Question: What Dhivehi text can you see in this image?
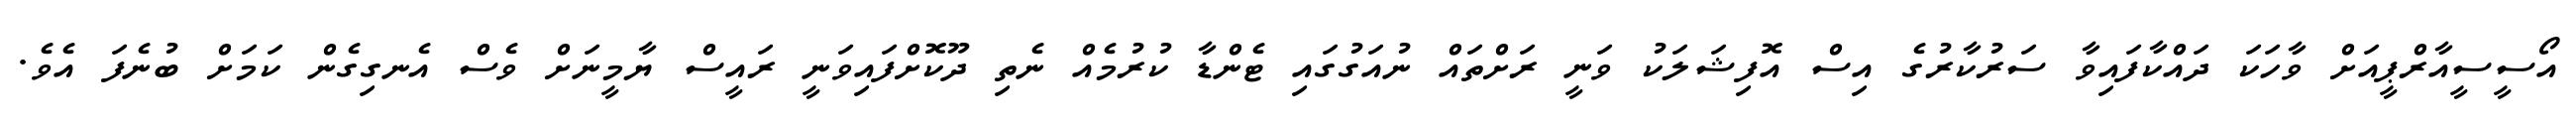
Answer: އޯސީސީއާރްޕީއަށް ވާހަކަ ދައްކާފައިވާ ސަރުކާރުގެ އިސް އޮފިޝަލަކު ވަނީ ރަށްތައް ނުއަގުގައި ޓެންޑާ ކުރުމެއް ނެތި ދޫކޮށްފައިވަނީ ރައީސް ޔާމީނަށް ވެސް އެނގިގެން ކަމަށް ބުނެފަ އެވެ.